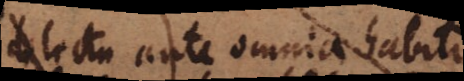
delectu ante omnia habito,